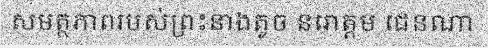
សមត្ថភាពរបស់ព្រះនាងតូច នរោត្តម ជេនណា